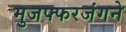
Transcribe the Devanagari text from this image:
मुजफ्फरजंगने